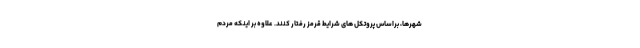
شهرها، براساس پروتکل های شرایط قرمز رفتار کنند. علاوه بر اینکه مردم